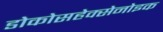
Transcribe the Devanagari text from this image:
डोकोसहेक्सेनोइक